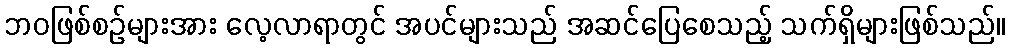
ဘဝဖြစ်စဉ်များအား လေ့လာရာတွင် အပင်များသည် အဆင်ပြေစေသည့် သက်ရှိများဖြစ်သည်။